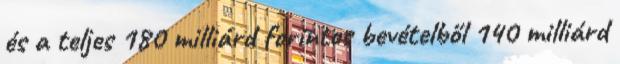
és a teljes 180 milliárd forintos bevételből 140 milliárd